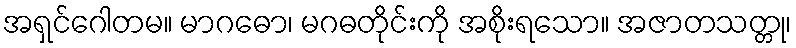
အရှင်ဂေါတမ။ မာဂဓော၊ မဂဓတိုင်းကို အစိုးရသော။ အဇာတသတ္တု၊